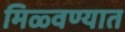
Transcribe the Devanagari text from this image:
मिळ्वण्यात